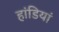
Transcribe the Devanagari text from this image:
हांडियां